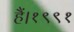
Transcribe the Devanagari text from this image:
हैं।१९९१